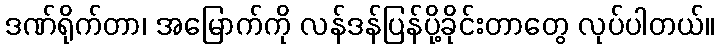
ဒဏ်ရိုက်တာ၊ အမြောက်ကို လန်ဒန်ပြန်ပို့ခိုင်းတာတွေ လုပ်ပါတယ်။